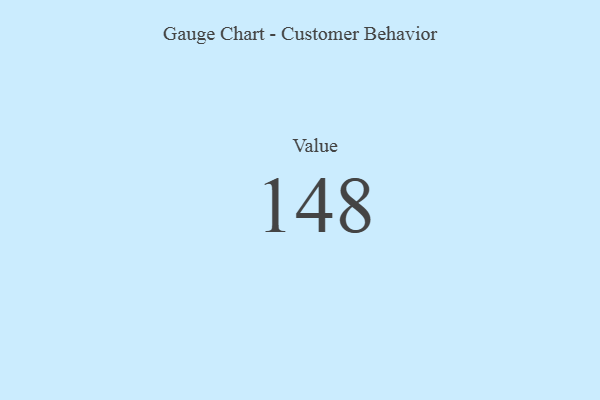
{"axis": {"x": "Metric", "y": "Value"}, "legend": [""], "data": [{"x": "Value", "y": 148, "type": ""}]}